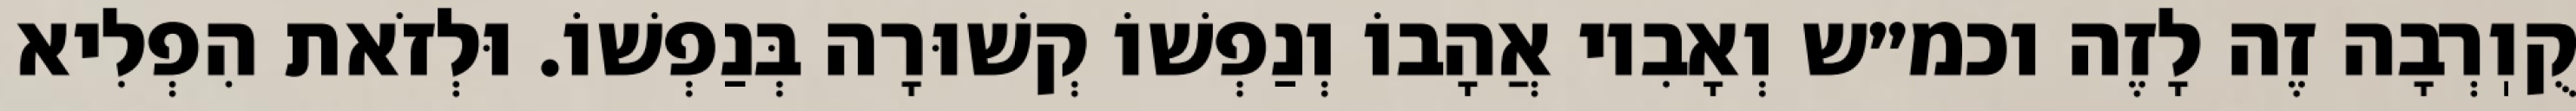
קֻוֽרְבָה זֶה לָזֶה וכמ״ש וְאָבִיו אֲהָבוֹ וְנַפְשׁוֹ קְשׁוּרָה בְּנַפְשׁוֹ. וּלְזֹאת הִפְלִיא